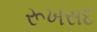
રૂખસદ